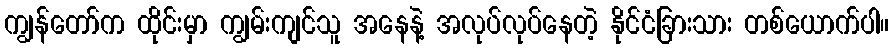
ကျွန်တော်က ထိုင်းမှာ ကျွမ်းကျင်သူ အနေနဲ့ အလုပ်လုပ်နေတဲ့ နိုင်ငံခြားသား တစ်ယောက်ပါ။